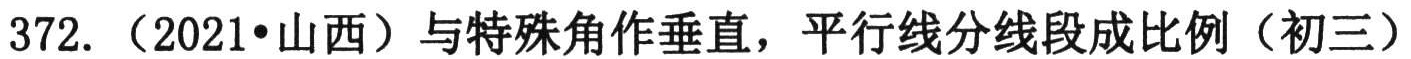
372. （2021•山西）与特殊角作垂直，平行线分线段成比例（初三）